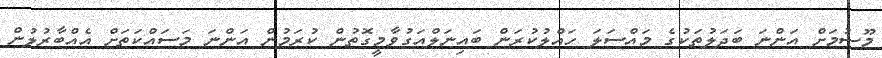
މޫސުމަށް އަންނަ ބަދަލުތަކުގެ މައްސަލަ ހައްލުކުރަން ބައިނަލްއަގުވާމީގޮތުން ކުރަމުން އަންނަ މަސައްކަތަށް އެއްބާރުލުން